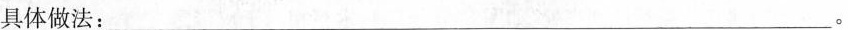
具体做法： ___。